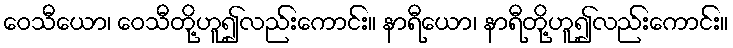
ဝေသီယော၊ ဝေသီတို့ဟူ၍လည်းကောင်း။ နာရီယော၊ နာရီတို့ဟူ၍လည်းကောင်း။